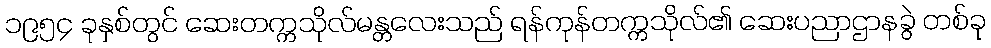
၁၉၅၄ ခုနှစ်တွင် ဆေးတက္ကသိုလ်မန္တလေးသည် ရန်ကုန်တက္ကသိုလ်၏ ဆေးပညာဌာနခွဲ တစ်ခု